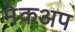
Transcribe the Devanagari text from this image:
मेकअप